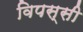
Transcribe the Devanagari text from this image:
विपस्सी